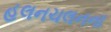
હલનચલનના